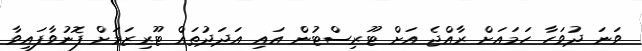
ވަނަ ދުވަހާ ހަމައަށް ރާއްޖެ އަށް ޓޫރިސްޓުން އައި އަދަދުތައް ޓޫރިޒަމަށް ފޮނުވާފައިވާ